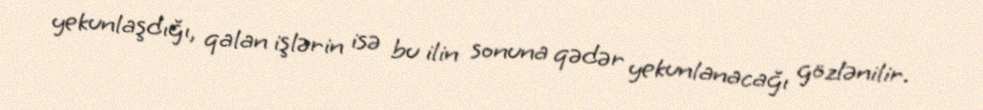
yekunlaşdığı, qalan işlərin isə bu ilin sonuna qədər yekunlanacağı gözlənilir.